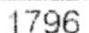
1796